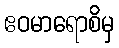
ဧဝမာရောစိမှ